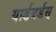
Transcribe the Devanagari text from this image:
यार्डबर्डस्